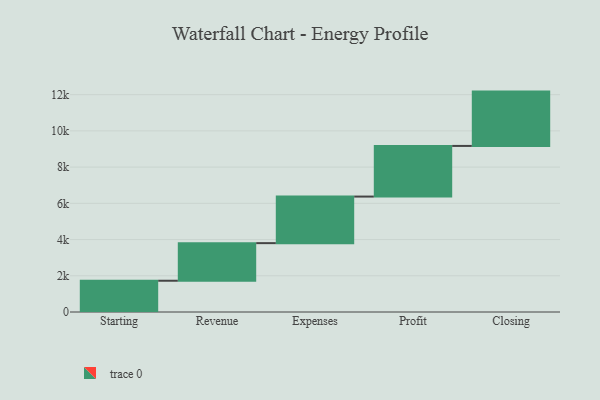
{"axis": {"x": "Step", "y": "Value"}, "legend": [""], "data": [{"x": "Starting", "y": 1726.0, "type": ""}, {"x": "Revenue", "y": 2076.0, "type": ""}, {"x": "Expenses", "y": 2571.0, "type": ""}, {"x": "Profit", "y": 2796.0, "type": ""}, {"x": "Closing", "y": 3000, "type": ""}]}